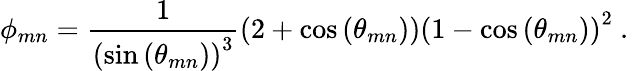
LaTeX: \phi_{mn}=\frac{1}{\left(\sin\left(\theta_{mn}\right)\right)^{3}}\left(2+\cos\left(\theta_{mn}\right)\right)\left(1-\cos\left(\theta_{mn}\right)\right)^{2}\mathrm{~.~}